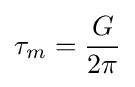
\tau _{m}={\frac {G}{2\pi }}